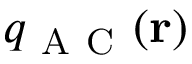
q _ { \mathrm { ~ A ~ C ~ } } ( \mathbf { r } )